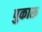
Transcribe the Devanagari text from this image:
पुकारू